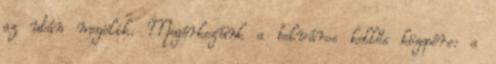
az után megölik. Megérkezünk a belváros kellős közepére: a